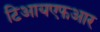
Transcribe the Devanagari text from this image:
टिआयएफआर